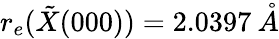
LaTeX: r_{e}(\tilde{X}(000))=2.0397\: \mathring{A}